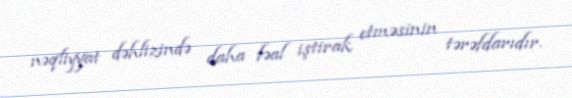
nəqliyyat dəhlizində daha fəal iştirak etməsinin tərəfdarıdır.